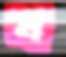
ব